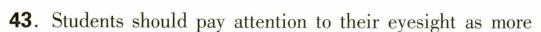
43.Studentsshould pay attention to their eyesight as more